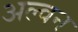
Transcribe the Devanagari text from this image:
अल्वन